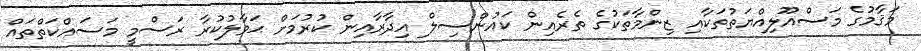
މަޤާމުގެ މަސްއޫލިއްޔަތުތަކާއި ޒިންމާތަކުގެ ތެރެއިން ކައުންސިލް އިދާރާއިން ކުރުމަށް ޙަވާލުކުރާ ރަސްމީ މަސައްކަތްތައް